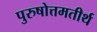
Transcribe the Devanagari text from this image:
पुरुषोत्तमतीर्थ